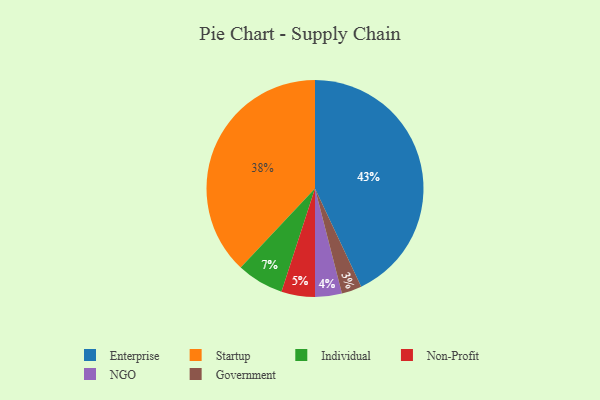
{"axis": {"x": "Category", "y": "Percentage"}, "legend": ["Enterprise", "Government", "Individual", "NGO", "Non-Profit", "Startup"], "data": [{"x": "Enterprise", "y": 43, "type": "Enterprise"}, {"x": "NGO", "y": 4, "type": "NGO"}, {"x": "Non-Profit", "y": 5, "type": "Non-Profit"}, {"x": "Government", "y": 3, "type": "Government"}, {"x": "Individual", "y": 7, "type": "Individual"}, {"x": "Startup", "y": 38, "type": "Startup"}]}